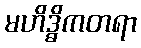
မဟိဒ္ဓိကတရာ